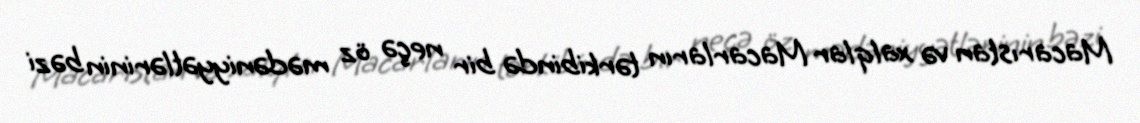
Macarıstan və xalqlar Macarların tərkibində bir neçə öz mədəniyyətlərinin bəzi